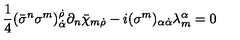
\frac { 1 } { 4 } ( \bar { \sigma } ^ { n } \sigma ^ { m } ) _ { \dot { \alpha } } ^ { \dot { \rho } } \partial _ { n } \bar { \chi } _ { m \dot { \rho } } - i ( \sigma ^ { m } ) _ { \alpha { \dot { \alpha } } } \lambda _ { m } ^ { \alpha } = 0